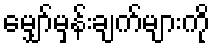
မျှော်မှန်းချက်များကို